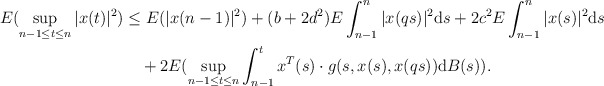
\begin{align*} E(\sup\limits _{n-1\leq t\leq n}|x(t)|^2)&\leq E(|x(n-1)|^2)+(b+2d^2)E\int^n_{n-1}|x(qs)|^2{\rm d}s+2c^2E\int^n_{n-1}|x(s)|^2{\rm d}s \\ &~~~+2E(\sup\limits_{n-1\leq t\leq n}\int^t_{n-1}x^T(s)\cdot g(s,x(s),x(qs)){\rm d}B(s)). \end{align*}